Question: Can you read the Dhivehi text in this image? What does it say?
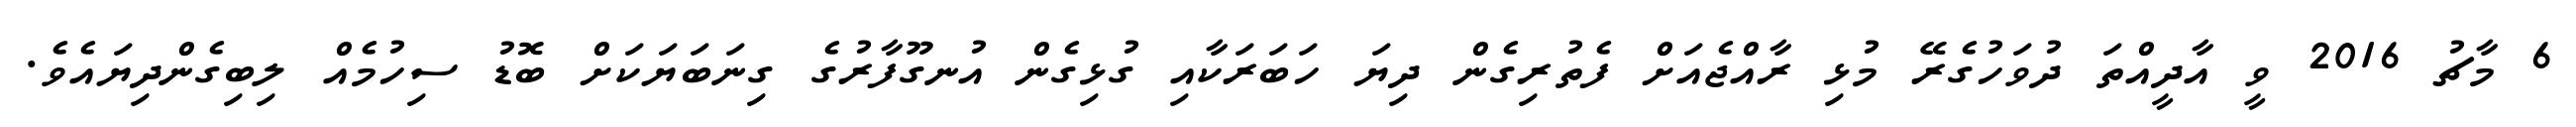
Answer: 6 މާޗު 2016 ވީ އާދީއްތަ ދުވަހުގެރޭ މުޅި ރާއްޖެއަށް ފެތުރިގެން ދިޔަ ހަބަރަކާއި ގުޅިގެން އުނގޫފާރުގެ ގިނަބަޔަކަށް ބޮޑު ސިހުމެއް ލިބިގެންދިޔައެވެ.